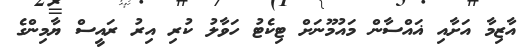
އާޒިމާ އަށާއި ޣައްސާން މައުމޫނަށް ޓިކެޓު ހަވާލު ކުރި އިރު ރައީސް ޔާމިންގެ